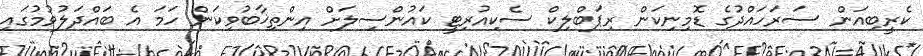
ކެރީބިއަން ސަރަހައްދުގެ ޑޮމިނިކަން ރިޕަބްލިކް ސެކިއުރިޓީ ކައުންސިލަށް އިންތިޚާބުވިކަން ހަމަ އެ ބައްދަލުވުމުގައި